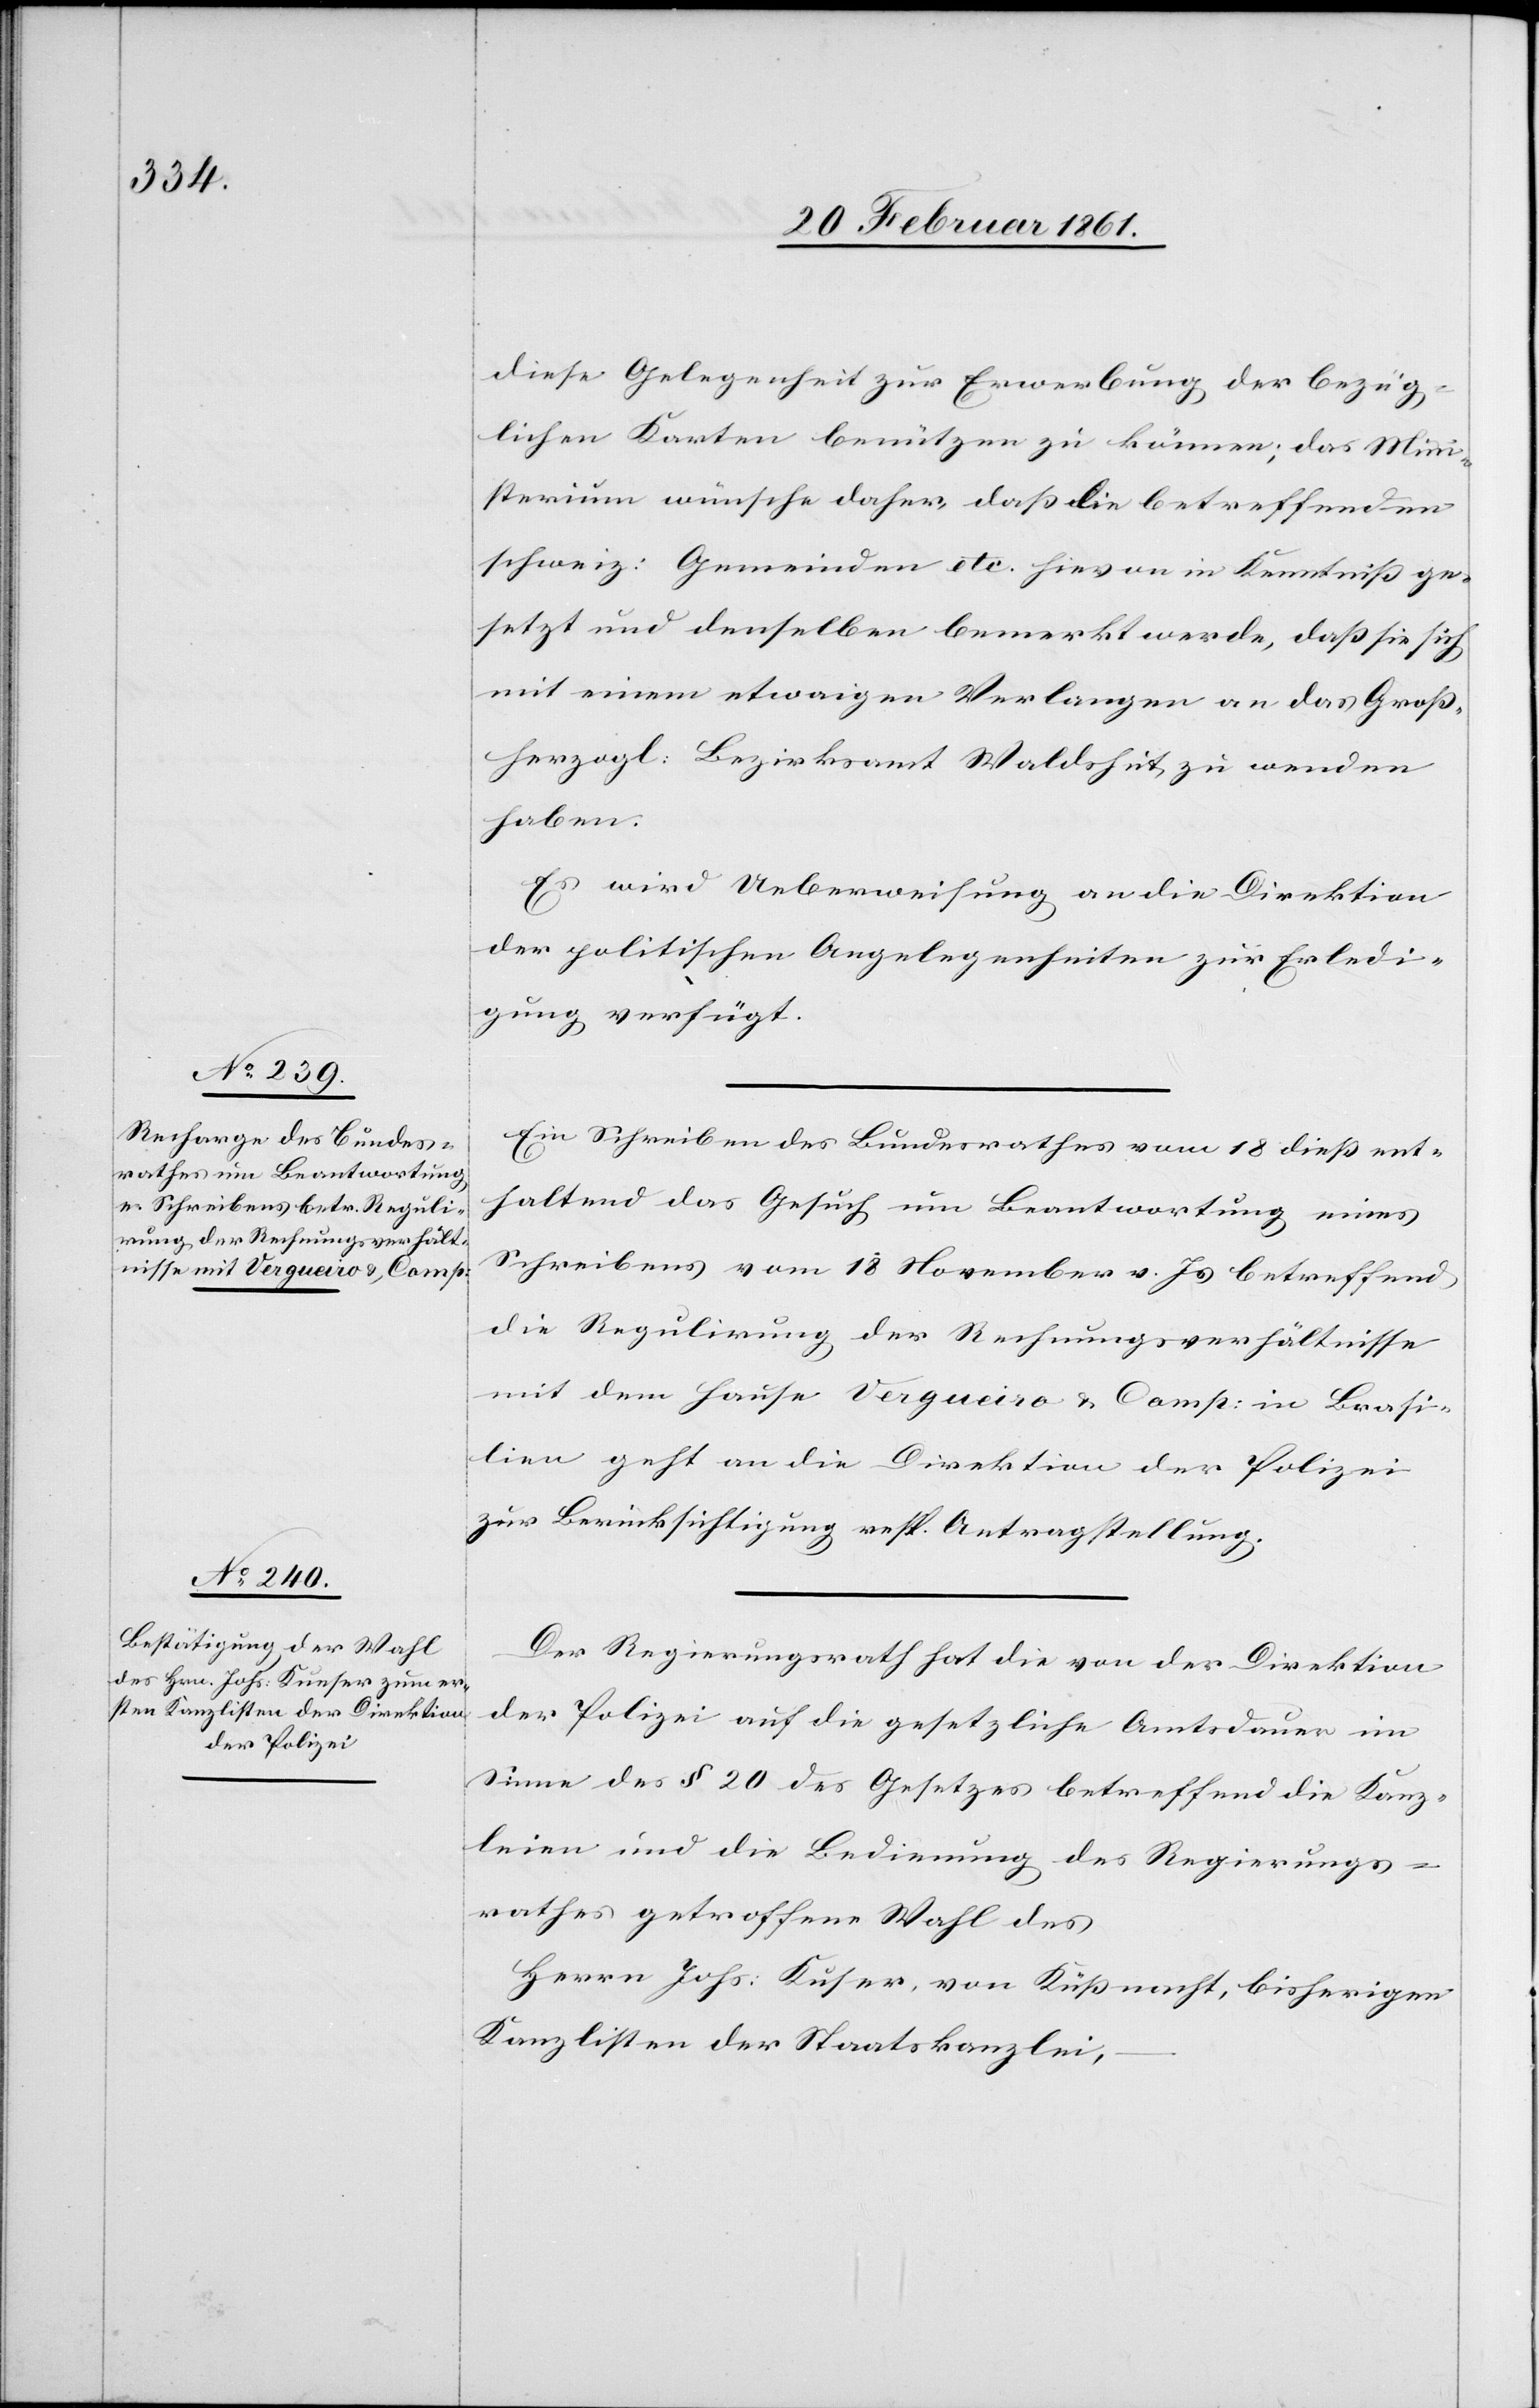
diese Gelegenheit zur Erwerbung der bezüg¬
lichen Karten benützen zu können; das Mini¬
sterium wünsche daher, dass die betreffenden
schweiz: Gemeinden etc. hievon in Kenntniss ge¬
setzt und denselben bemerkt werde, dass sie sich
mit einem etwaigen Verlangen an das Gros¬
sherzogl. Bezirksamt Waldshut zu wenden
haben.
Es wird Ueberweisung an die Direktion
der politischen Angelegenheiten zur Erledi¬
gung verfügt.
Ein Schreiben des Bundesrathes vom 18. diess ent¬
haltend das Gesuch um Beantwortung eines
Schreibens vom 18. November v. Js. betreffend
die Regulirung der Rechnungsverhältnisse
mit dem Hause Vergueiro u. Comp. in Brasi¬
lien geht an die Direktion der Polizei
zur Berücksichtigung resp. Antragstellung.
Der Regierungsrath hat die von der Direktion
der Polizei auf die gesetzliche Amtsdauer im
Sinne des § 20 des Gesetzes betreffend die Kanz¬
leien und die Bedienung des Regierungs¬
rathes getroffene Wahl des
Herrn Johs. Kuser [sic!], von Küssnacht, bisherigen
Kanzlisten der Staatskanzlei,